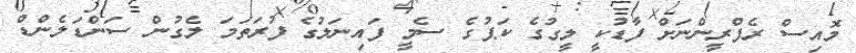
މޮއިސް ރެފްރީންނަށް ފާޑުކީ ލީގުގެ ކަޕުގެ ސެމީ ފައިނަލުގެ ފުރަތަމަ ލެގުން ސަންޑަލެންޑް